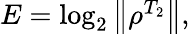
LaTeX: \begin{array}{r}{E=\log_{2}\left\| \rho^{T_{2}}\right\| ,}\end{array}